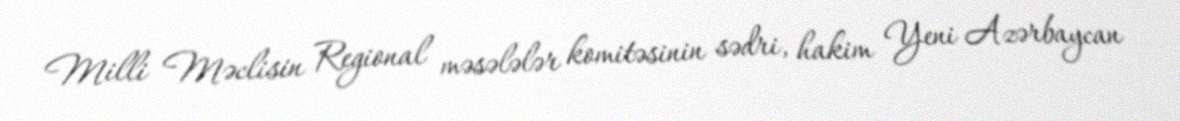
Milli Məclisin Regional məsələlər komitəsinin sədri, hakim Yeni Azərbaycan